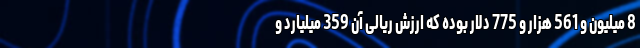
8 میلیون و 561 هزار و 775 دلار بوده که ارزش ریالی آن 359 میلیارد و